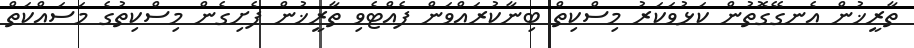
ތާރީޚުން އެނގޭގޮތުން ކަޅުވަކަރު މިސްކިތް ބިނާކުރައްވަން ފެއްޓެވި ތާރީޚުން ފެށިގެން މިސްކިތުގެ މަސައްކަތް